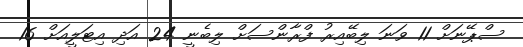
ސްޕޭނަށް 11 ވަނަ ލިބޭއިރު ފްރާންސަށް ލިބެނީ 24 އަދި އިޓަލީއަށް 16